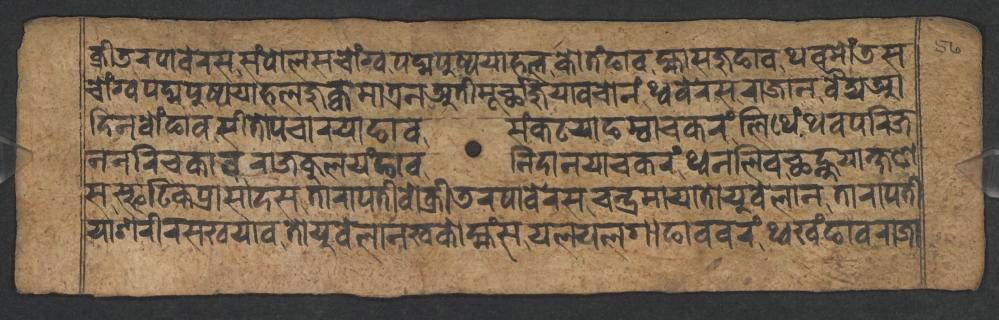
𑐎𑑂𑐬𑐷𑐜𑐬𑐥𑐵𑐧𑐾𑐬𑐳𑐳𑑄𑐥𑑀𑐮𑐳𑐔𑑀𑑄𑐐𑑂𑐰𑐥𑐡𑑂𑐩𑐥𑐸𑐲𑑂𑐥𑐫𑐵𑐴𑐮𑐎𑑀𑐟𑑄𑐒𑐵𑐰𑐩𑑂𑐴𑐵𑐳𑐖𑐸𑐒𑐵𑐰𑐠𑐰𑐩𑑀𑑄𑐜𑐳 𑐔𑑀𑑄𑐐𑑂𑐰𑐥𑐡𑑂𑐩𑐥𑐸𑐲𑑂𑐥𑐫𑐵𑐴𑐮𑐖𑐸𑐎𑑂𑐰𑐩𑐵𑐟𑑂𑐬𑐣𑐀𑐟𑐷𑐩𑐹𑐬𑑂𑐕𑐵𑐖𑐸𑐫𑐵𑐰𑐔𑑀𑐣𑑄𑐠𑑂𑐰𑐧𑐾𑐬𑐳𑐬𑐵𑐖𑐵𑐣𑐰𑐿𑐡𑑂𑐫𑐁 𑐡𑐶𑐣𑐧𑑀𑑄𑐒𑐵𑐰𑐳𑐷𑐟𑑀𑐥𑐔𑐵𑐬𑐫𑐵𑐒𑐵𑐰𑐳𑑄𑐎𑐚𑐫𑐵𑐒𑐩𑑂𑐰𑐵𑐔𑐎𑐬𑑄𑐮𑐶𑐠𑐾𑑄𑐠𑐰𑐥𑐬𑐶𑐖 𑐣𑐣𑐬𑐶𑐔𑐎𑐵𑐰𑐬𑐵𑐖𑐎𑐸𑐮𑐫𑑄𑐒𑐵𑐰𑐣𑐶𑐡𑐵𑐣𑐫𑐵𑐔𑐎𑐬𑑄𑐠𑑂𑐰𑐣𑐮𑐶𑐰𑐕𑐣𑑂𑐴𑐸𑐫𑐵𑐎𑑂𑐲𑐞 𑐳𑐳𑑂𑐦𑐚𑐶𑐎𑐥𑑂𑐬𑐵𑐳𑐵𑐡𑐳𑐟𑐵𑐬𑐵𑐥𑐟𑐷𑐰𑑀𑐎𑑂𑐬𑐷𑐜𑐬𑐥𑐵𑐧𑐾𑐬𑐳𑐔𑐣𑑂𑐡𑑂𑐬𑐩𑐵𑐫𑐵𑐟𑑀𑐫𑐸𑐧𑐾𑐮𑐵𑐣𑐟𑐵𑐬𑐵𑐥𑐟𑐷 𑐫𑐵𑐱𑐬𑐷𑐬𑐳𑐏𑐫𑐵𑐰𑐟𑑀𑐫𑐸𑐧𑐾𑐮𑐵𑐣𑐏𑐎𑑀𑐩𑑂𑐴𑑄𑐳𑐫𑐮𑐫𑐮𑐐𑐵𑐒𑐵𑐰𑐰𑐬𑑄𑐠𑑂𑐰𑐏𑑄𑐒𑐵𑐰𑐬𑐵𑐖𑐵